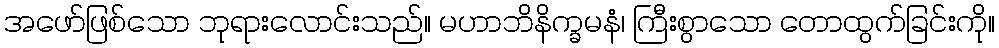
အဖော်ဖြစ်သော ဘုရားလောင်းသည်။ မဟာဘိနိက္ခမနံ၊ ကြီးစွာသော တောထွက်ခြင်းကို။